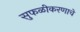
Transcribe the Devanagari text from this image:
सुफळीकरणाचे